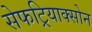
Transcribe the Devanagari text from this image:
सेफट्रियाक्सोन